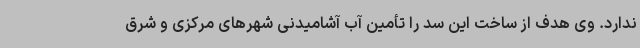
ندارد. وی هدف از ساخت این سد را تأمین آب آشامیدنی شهرهای مرکزی و شرق